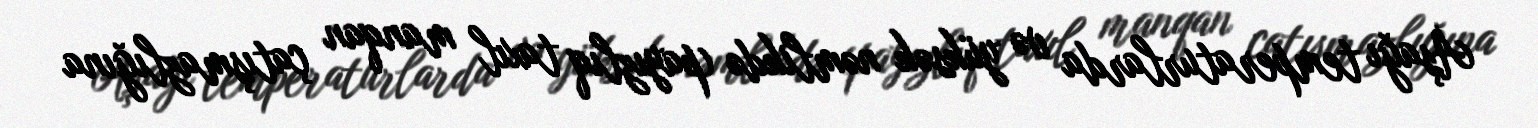
Aşağı temperaturlarda və yüksək nəmlikdə (payızlıq taxıl manqan çatışmazlığına